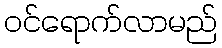
ဝင်ရောက်လာမည်